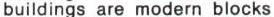
buildings are modern blocks